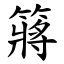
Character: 䉃